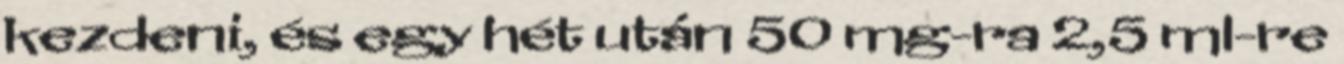
kezdeni, és egy hét után 50 mg-ra 2,5 ml-re